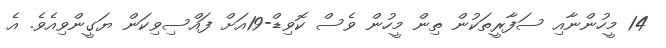
14 މީހުންނާއި ސަފާރީތަކުން ތިން މީހުން ވެސް ކޮވިޑް-19އަށް ފައްސިވިކަން ޔަގީންވިއެވެ. އެ